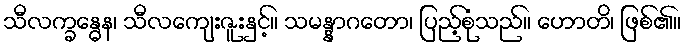
သီလက္ခန္ဓေန၊ သီလကျေးဇူးနှင့်။ သမန္နာဂတော၊ ပြည့်စုံသည်။ ဟောတိ၊ ဖြစ်၏။